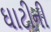
ઘાટીની